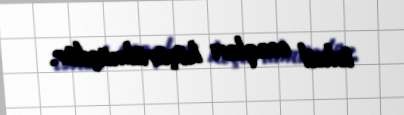
təhsil ocaqları köçürülmüşdür.